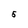
Character: 5